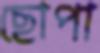
ছোপা